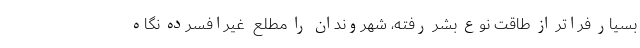
بسیار فراتر از طاقت نوع بشر رفته، شهروندان را مطلع ِ غیرافسرده نگاه